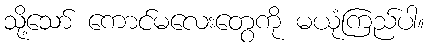
သို့သော် ကောင်မလေးတွေကို မယုံကြည်ပါ။